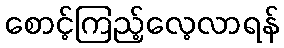
စောင့်ကြည့်လေ့လာရန်